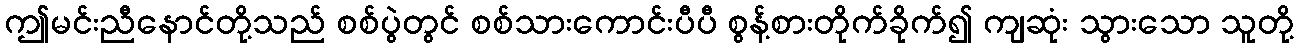
ဤမင်းညီနောင်တို့သည် စစ်ပွဲတွင် စစ်သားကောင်းပီပီ စွန့်စားတိုက်ခိုက်၍ ကျဆုံး သွားသော သူတို့